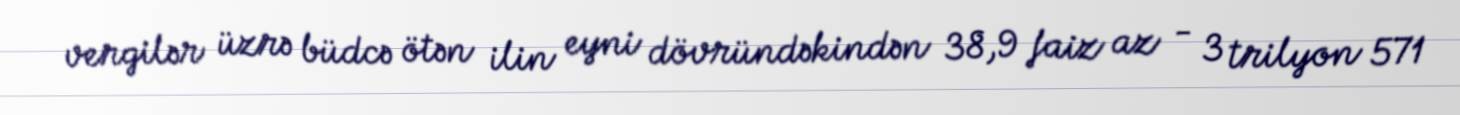
vergilər üzrə büdcə ötən ilin eyni dövründəkindən 38,9 faiz az - 3 trilyon 571